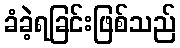
ခံခဲ့ရခြင်းဖြစ်သည်